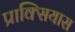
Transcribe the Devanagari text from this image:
प्राक्सियास